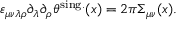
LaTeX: \varepsilon _ { \mu \nu \lambda \rho } \partial _ { \lambda } \partial _ { \rho } \theta ^ { \mathrm { s i n g . } } ( x ) = 2 \pi \Sigma _ { \mu \nu } ( x ) .